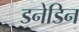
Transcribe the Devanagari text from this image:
डनेडिन